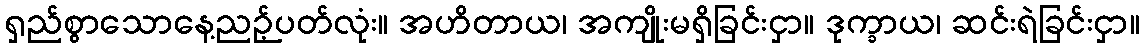
ရှည်စွာသောနေ့ညဉ့်ပတ်လုံး။ အဟိတာယ၊ အကျိုးမရှိခြင်းငှာ။ ဒုက္ခာယ၊ ဆင်းရဲခြင်းငှာ။